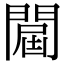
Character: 𨵠